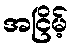
အငြိမ့်